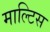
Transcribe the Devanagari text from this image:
माल्टिस